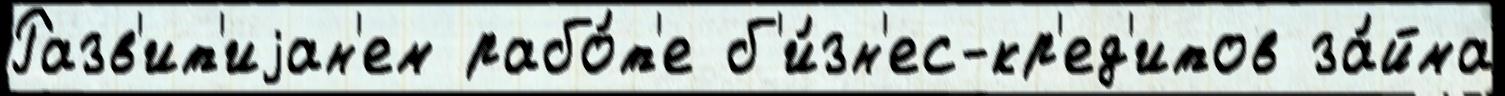
Разв'ит'иjан'ем рабо́т'е б'и́зн'ес-кр'ед'итов за́йма